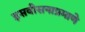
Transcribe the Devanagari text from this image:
इसवीसनाप्रमाणे